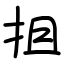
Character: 抯